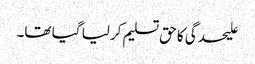
علیحدگی کا حق تسلیم کرلیا گیا تھا۔